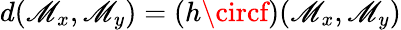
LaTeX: d(\mathscr{M}_{x},\mathscr{M}_{y})=(h\circf)(\mathscr{M}_{x},\mathscr{M}_{y})